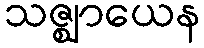
သဇ္ဈာယေန